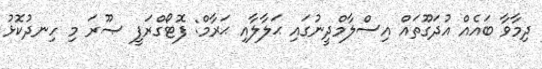
ދިމާވާ ބައެއް އުދަގޫތައް އިސްލާމްދީނުގައި ޙަލާލާއި ޙަރާމް: ފޮޓޯގްރަފީ ޞޫރަ މި ހިނދުކޮޅު